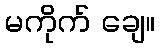
မကိုက် ချေ။